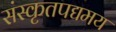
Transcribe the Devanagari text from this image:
संस्कृतपद्यमय